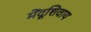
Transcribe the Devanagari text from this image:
मेंदूशिवाय